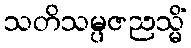
သတိသမ္ပဇညသ္မိံ